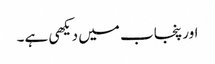
اور پنجاب میں دیکھی ہے۔